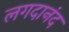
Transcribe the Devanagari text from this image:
लगदानंद